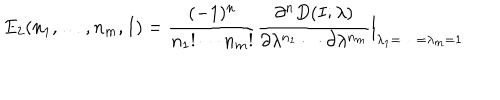
LaTeX: E _ { 2 } ( n _ { 1 } , \ldots , n _ { m } , I ) = { \frac { ( - 1 ) ^ { n } } { n _ { 1 } ! \cdots n _ { m } ! } } { \frac { \partial ^ { n } D ( I ; \lambda ) } { \partial \lambda ^ { n _ { 1 } } \cdots \partial \lambda ^ { n _ { m } } } } \Bigr \vert _ { \lambda _ { 1 } = \cdots = \lambda _ { m } = 1 }